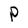
Character: P